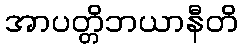
အာပတ္တိဘယာနီတိ